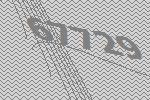
67729